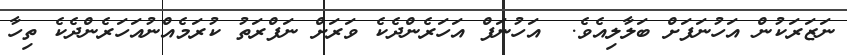
ނަޒަރަކުން އަހުނަފަށް ބަލާލިއެވެ.  އަހުނަފް އަހަރެންދެކެ ވަރަށް ނަފްރަތު ކުރަމެއްނުއަހަރެންދެކެ ތިހާ